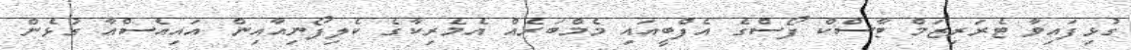
ގުޅިފައިވާ ޓެރަރިޒަމް ޓާސްކް ފޯސްގެ އެފްބީއައި މެމްބަރެއް އެމެރިކާގެ ކެލިފޯނިއާއިން އައިއެސްއާ ގުޅެން